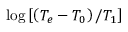
\log \left[ { \left( { { T _ { e } } - { T _ { 0 } } } \right) / { T _ { 1 } } } \right]